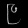
Digit: ၉